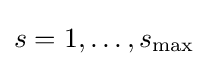
s=1,\ldots ,s_{\max }